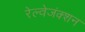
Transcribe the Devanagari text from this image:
रेल्वेजंक्शन